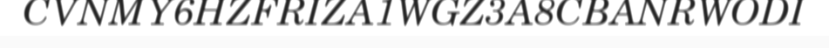
CVNMY6HZFRIZA1WGZ3A8CBANRWODI